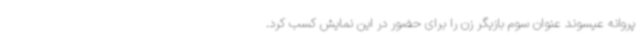
پروانه عیسوند عنوان سوم بازیگر زن را برای حضور در این نمایش کسب کرد.